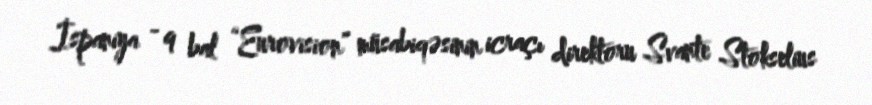
İspaniya - 9 bal “Eurovision” müsabiqəsinin icraçı direktoru Svante Stokselius